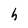
Character: h